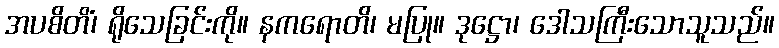
အပစိတိံ၊ ရိုသေခြင်းကို။ နကရောတိ၊ မပြု။ ဒုဋ္ဌော၊ ဒေါသကြီးသောသူသည်။